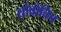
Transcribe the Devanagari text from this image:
योवोविच